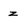
Character: z